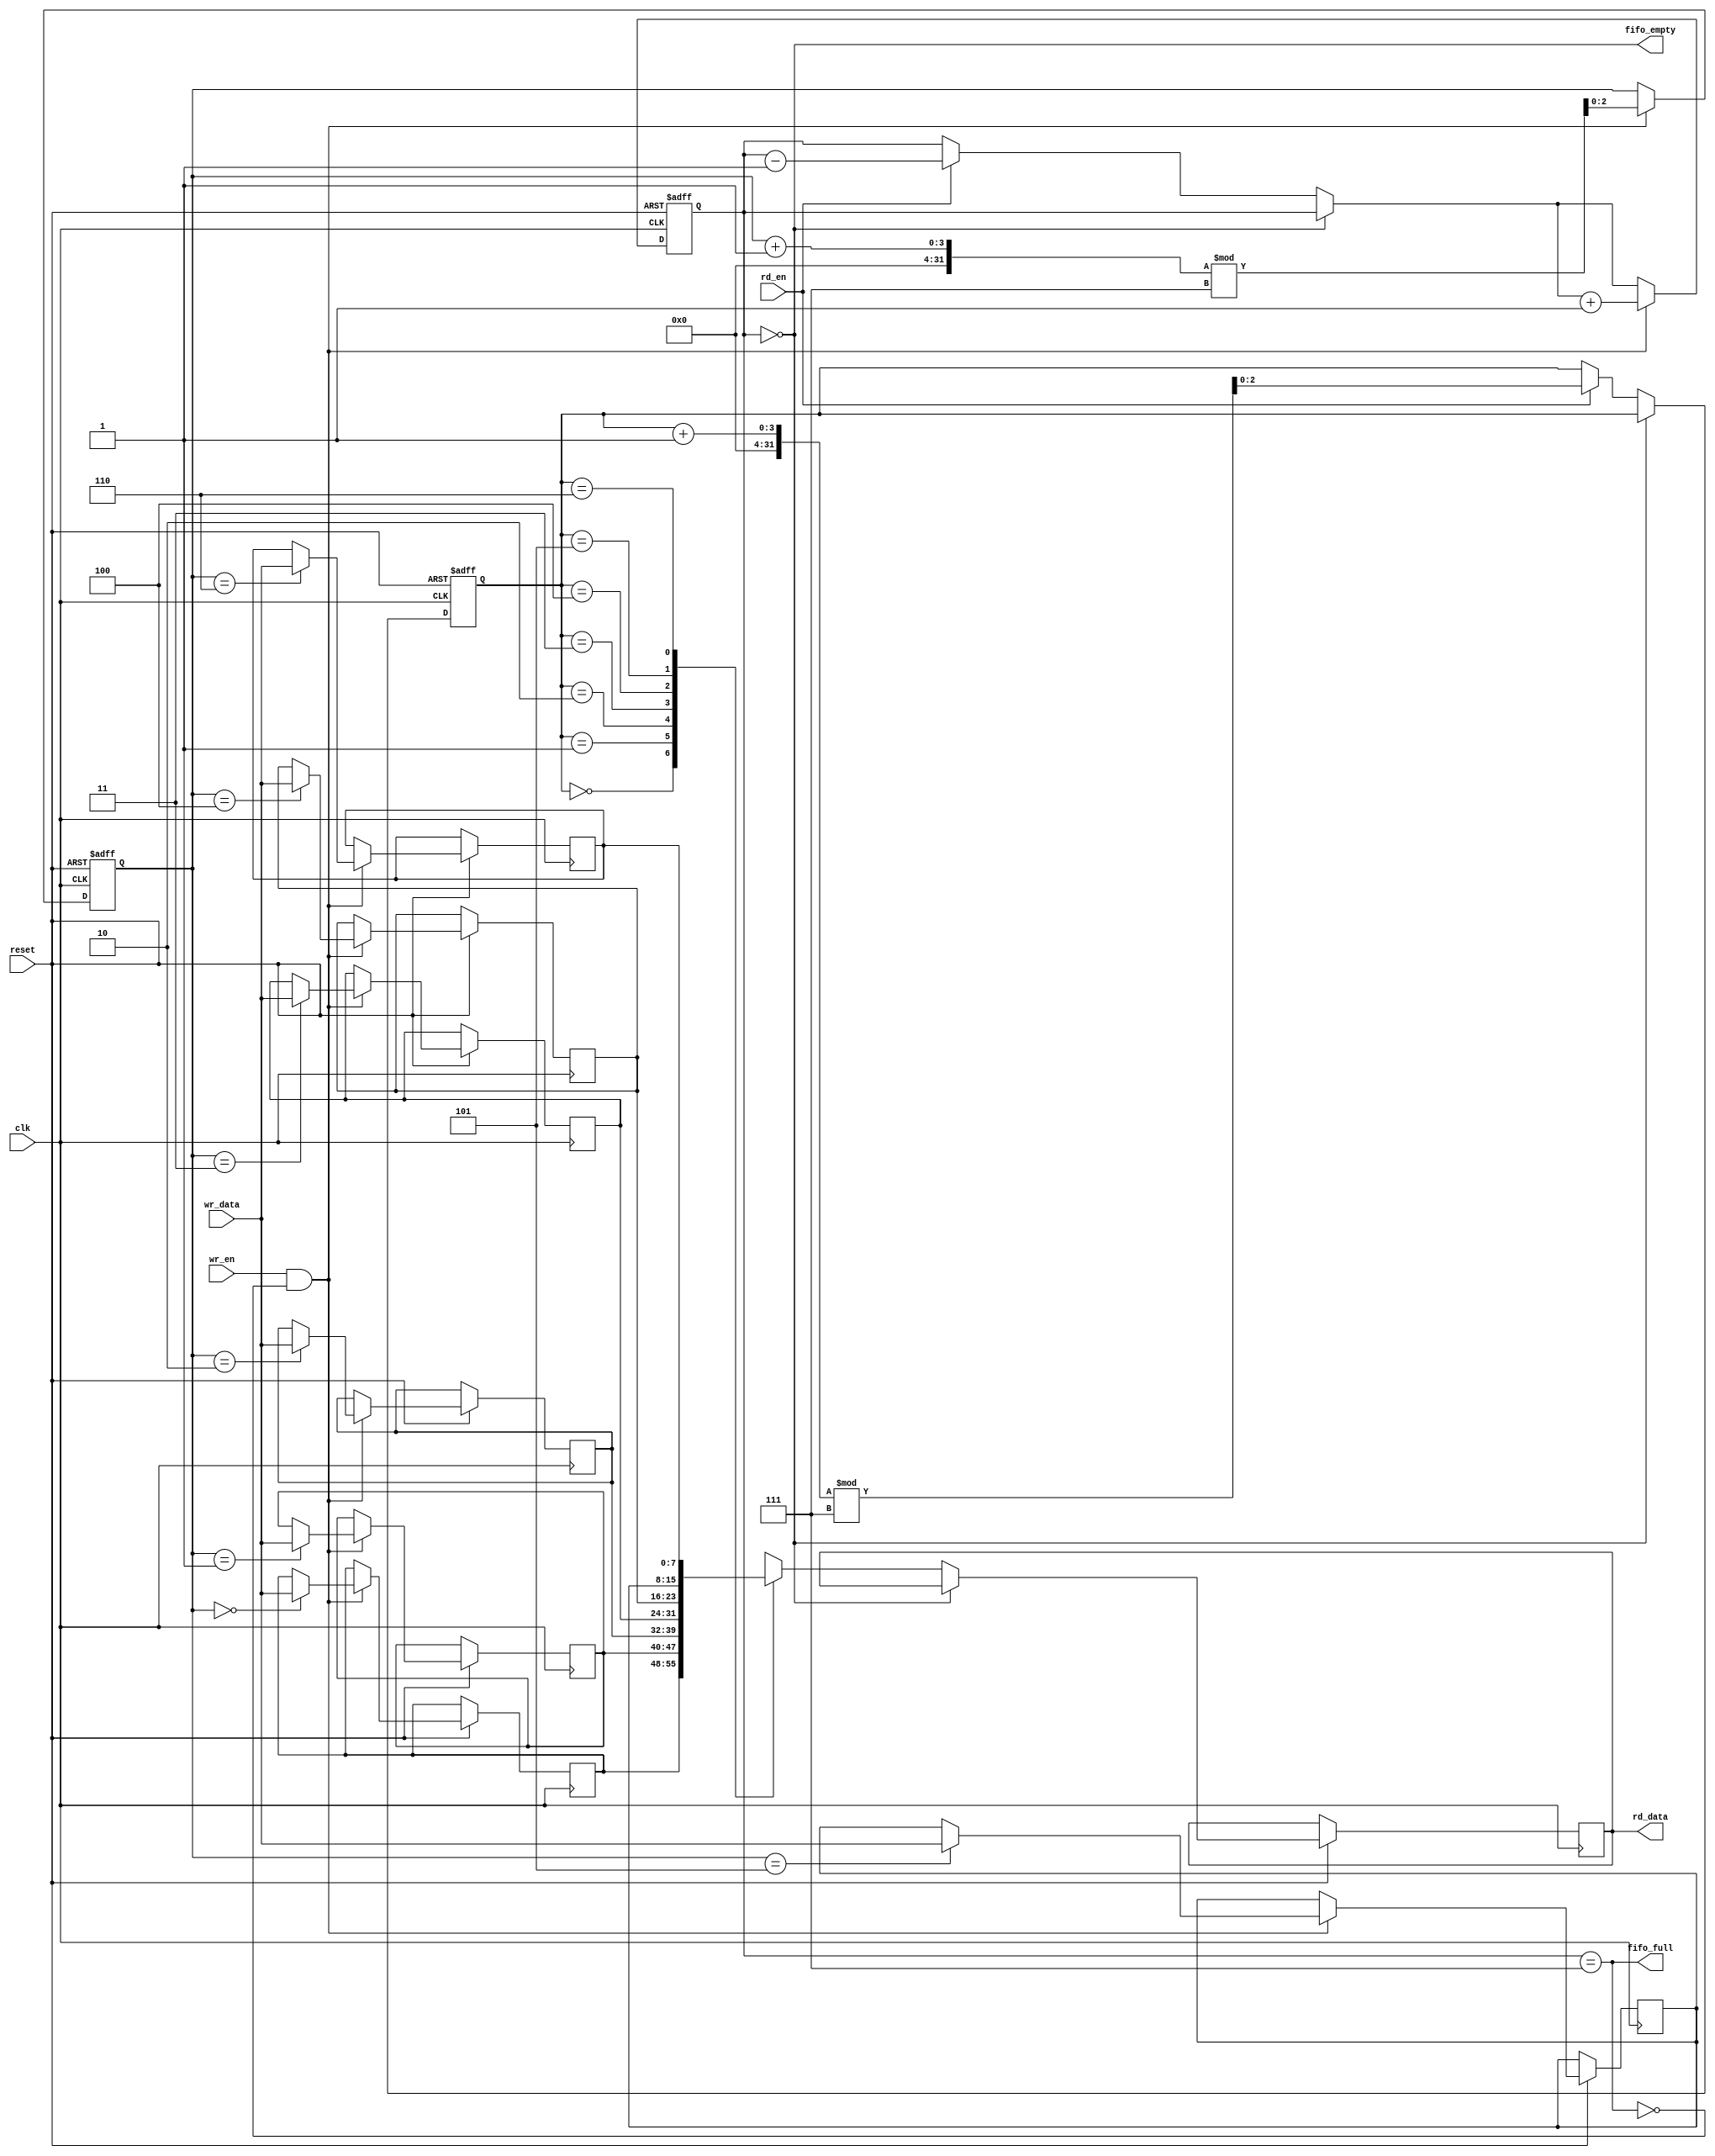
`timescale 1ns / 1ps
//////////////////////////////////////////////////////////////////////////////////
// Company: 
// Engineer: 
// 
// Design Name: 
// Module Name: FIFO
// Project Name: 
// Target Devices: 
// Tool Versions: 
// Description: 
// 
// Dependencies: 
// 
// Revision:
// Revision 0.01 - File Created
// Additional Comments:
// 
//////////////////////////////////////////////////////////////////////////////////


module fifo #(
    parameter DATA_WIDTH = 8, // Width of data in bits
    parameter FIFO_DEPTH = 7 // Number of entries in FIFO
)(
    input wire clk, // Clock signal
    input wire reset, // Reset signal, active low
    input wire wr_en, // Write enable
    input wire rd_en, // Read enable
    input wire [DATA_WIDTH-1:0] wr_data, // Data to write
    output reg [DATA_WIDTH-1:0] rd_data, // Data to read
    output wire fifo_full, // FIFO full flag
    output wire fifo_empty // FIFO empty flag
);


localparam ADDR_WIDTH = $clog2(FIFO_DEPTH);

reg [DATA_WIDTH-1:0] memory [0:FIFO_DEPTH-1];

reg [ADDR_WIDTH-1:0] wr_ptr, rd_ptr;

reg [ADDR_WIDTH :0] fifo_count;

assign fifo_full = (fifo_count == FIFO_DEPTH);
assign fifo_empty = (fifo_count == 0);

  always @(posedge clk or negedge reset) begin
    if (~reset) begin
        wr_ptr <= 0;
        rd_ptr <= 0;
        fifo_count <= 0;
    end
    else begin
    //rd_data <= memory[rd_ptr];
      if(!fifo_empty)
        begin
          rd_data = memory[rd_ptr];
          if(rd_en)
            begin
             rd_ptr = (rd_ptr + 1) % FIFO_DEPTH;
             fifo_count = fifo_count - 1;
            end
        end
        if (wr_en && !fifo_full) begin
          //rd_data <= memory[rd_ptr];
          memory[wr_ptr] = wr_data;
         // rd_data <= memory[rd_ptr];
            wr_ptr = (wr_ptr + 1) % FIFO_DEPTH;
            fifo_count = fifo_count + 1;
        end
        
       /* if (rd_en && !fifo_empty) begin
            rd_data <= memory[rd_ptr];
            rd_ptr <= (rd_ptr + 1) % FIFO_DEPTH;
            fifo_count <= fifo_count - 1;
        end*/
        end
    end


endmodule